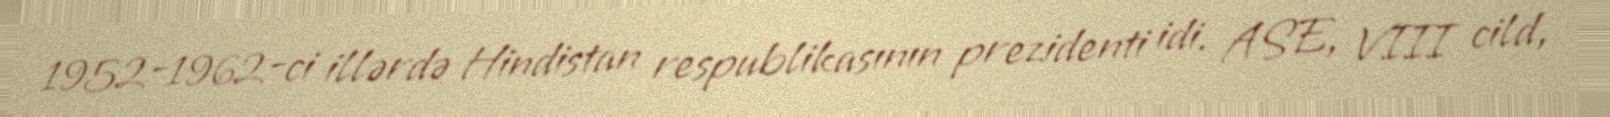
1952-1962-ci illərdə Hindistan respublikasının prezidenti idi. ASE, VIII cild,